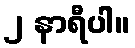
၂ နာရီပါ။